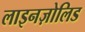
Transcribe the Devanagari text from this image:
लाइनज़ोलिड